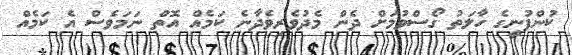
ކުންފުނީގެ ހާލަތު ގޯސްވުމަށް ދެން މެދުވެރިވެދާނެ ކަމެއް އޮތް ނަމަވެސް އެ ކަމެއް